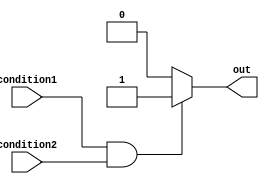
module if_else_statement(input condition1, condition2, output reg out);

always @(*)
begin
    if (condition1 && condition2) begin
        // Code inside if block
        out = 1;
    end
    else begin
        // Code inside else block
        out = 0;
    end
end

endmodule